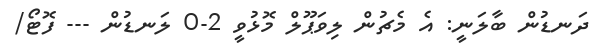
ދަނޑުން ބާލަނީ: އެ މެޗުން ލިވަޕޫލް މޮޅުވީ 2-0 ލަނޑުން --- ފޮޓޯ/